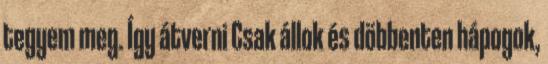
tegyem meg. Így átverni Csak állok és döbbenten hápogok,